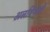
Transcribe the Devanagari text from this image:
अलवियोली